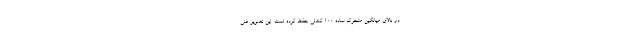
در بالای میانگین متحرک ساده ۱۰۰ کندلی حفظ کرده است. این تصویر فنی